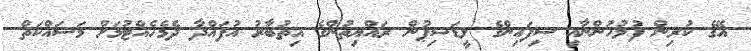
އޭގެ ކުރިން ފުލުހުންނާއި ސިފައިންގެ ލީޑަޝިޕުން ރައްޔިތުންގެ އިތުބާރު އުފައްދާ ދެމެހެއްޓުމަށް މަސައްކަތް